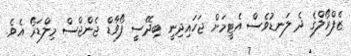
ޒެފްރޯލްގެ ދެ ލަނޑުވެސް އެޓީމަށް ޖަހައިދިނީ ބިދޭސީ ފޯވާޑް ޖެންޖްސް މިލްޑަރޯ އެވެ.